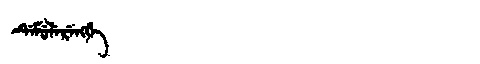
Manchu: ᡩᡝᠮᡠᠯᡝᡵᡝᠩᡤᡝ
Romanization: DEMULERENGGE